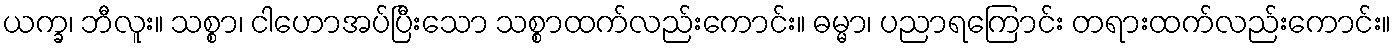
ယက္ခ၊ ဘီလူး။ သစ္စာ၊ ငါဟောအပ်ပြီးသော သစ္စာထက်လည်းကောင်း။ ဓမ္မာ၊ ပညာရကြောင်း တရားထက်လည်းကောင်း။